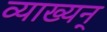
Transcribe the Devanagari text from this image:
व्याख्यन्